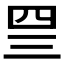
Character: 𰉐